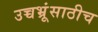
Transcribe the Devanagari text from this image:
उच्चभ्रूंसाठीच